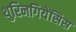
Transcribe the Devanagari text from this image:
थुरिनगियेंसिस